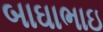
બાઘાભાઇ